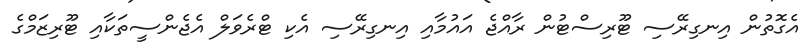
އެގޮތުން އިނގިރޭސި ޓޫރިސްޓުން ރާއްޖެ އައުމާއި އިނގިރޭސި އެކި ޓްރެވަލް އެޖެންސީތަކާއި ޓޫރިޒަމްގެ